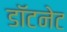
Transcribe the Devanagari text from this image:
डॉटनेट